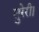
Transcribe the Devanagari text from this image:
सुरेरी।